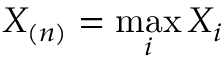
X _ { ( n ) } = \operatorname* { m a x } _ { i } X _ { i }